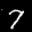
Label: 7